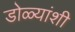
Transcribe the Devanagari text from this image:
डोळ्यांशी